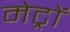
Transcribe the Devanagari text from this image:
मेट्रों